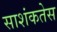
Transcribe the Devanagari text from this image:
साशंकतेस